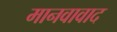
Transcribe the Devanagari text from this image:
मानवावाद